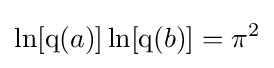
\ln[\operatorname {q} (a)]\ln[\operatorname {q} (b)]=\pi ^{2}